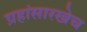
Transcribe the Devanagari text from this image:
ग्रहांसारखेच